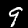
Label: 9